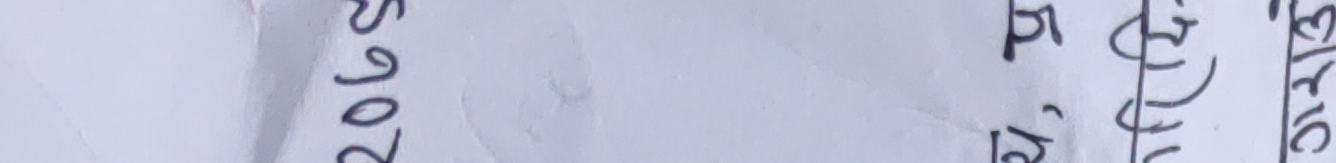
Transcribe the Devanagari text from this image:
२०७९/०५ रु मुद्दति साभार